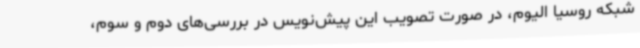
شبکه روسیا الیوم، در صورت تصویب این پیش‌نویس در بررسی‌های دوم و سوم،